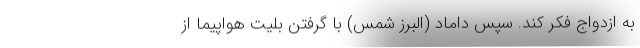
به ازدواج فکر کند. سپس داماد (البرز شمس) با گرفتن بلیت هواپیما از